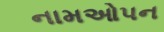
નામઓપન